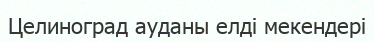
Целиноград ауданы елді мекендері